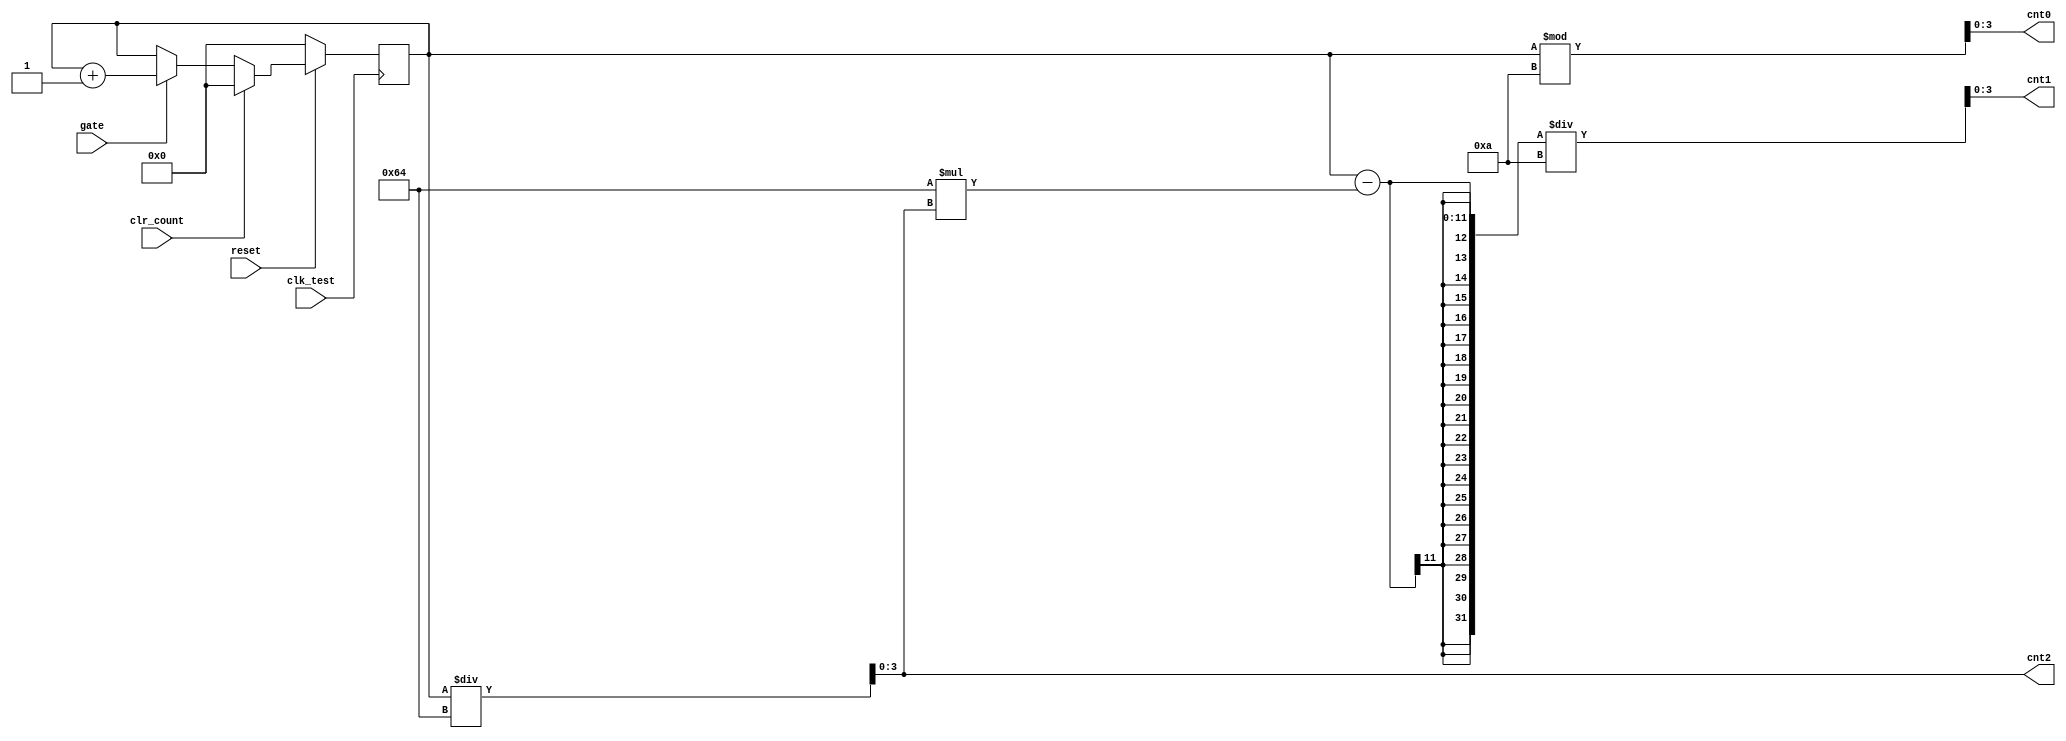
module counter(reset,gate,clr_count,clk_test,cnt0,cnt1,cnt2);
input reset,gate,clr_count,clk_test;
output reg[3:0]cnt0,cnt1,cnt2;
reg [10:0] result;

initial 
begin
cnt0<=0;cnt1<=0;cnt2<=0;
result<=0;
end

always@(posedge clk_test)
begin
  if(!reset) result<=0;
  else 
  begin
    if(clr_count) result<=0;
	 else 
	 begin
	   if(gate==1) result<=result+1;
	 end
  end
end

always@(result)
begin
cnt2<=result/100;
cnt1<=(result-100*cnt2)/10;
cnt0<=result%10;
end

endmodule